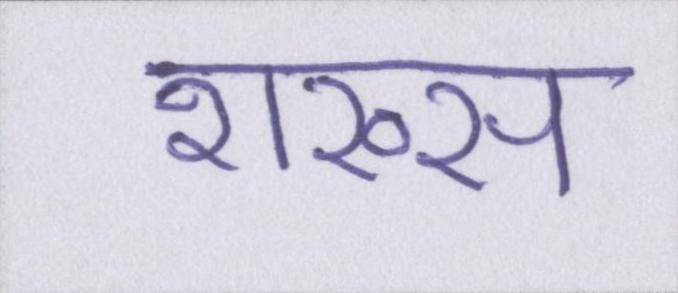
शख्स